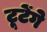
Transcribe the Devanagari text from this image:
टूटेंगे